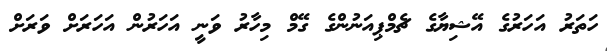
ހަތަރު އަހަރުގެ އޭޝިޔާގެ ޗެމްޕިއަނުންގެ ގޭމް މިހާރު ވަނީ އަހަރުން އަހަރަށް ވަރަށް